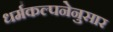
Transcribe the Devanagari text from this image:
धर्मकल्पनेनुसार